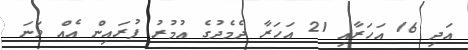
އަދި 16 އަހަރާއި 21 އަހަރާ ދެމެދުގެ އުމުރު ފުރައިން އެއް ވަނަ